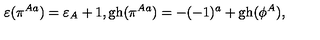
\varepsilon ( \pi ^ { A a } ) = \varepsilon _ { A } + 1 , \mathrm { g h } ( \pi ^ { A a } ) = - ( - 1 ) ^ { a } + \mathrm { g h } ( \phi ^ { A } ) ,